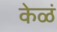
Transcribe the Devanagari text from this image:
केळं